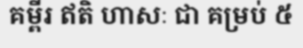
គម្ពីរ ឥតិ ហាសៈ ជា គម្រប់ ៥